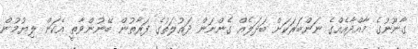
ގާނޫނުގެ މާއްދާއެއްގެ ނަންބަރަކަށް ބަދަލެއް ގެންނަން ދައުލަތުގެ ފަރާތުން ބޭނުންވާތީ އެކަން ލިޔުމުން